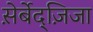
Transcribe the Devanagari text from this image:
स़ेर्बेद्ज़िजा